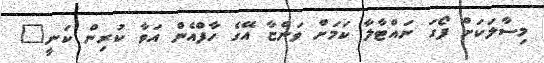
މިސާލަކަށް ފޯގަ ނައްޓާލާ ކަމަށް ވަންޏާ އޭގެ ހާފްއެން އަވާ ކުރިން ކަނީ"